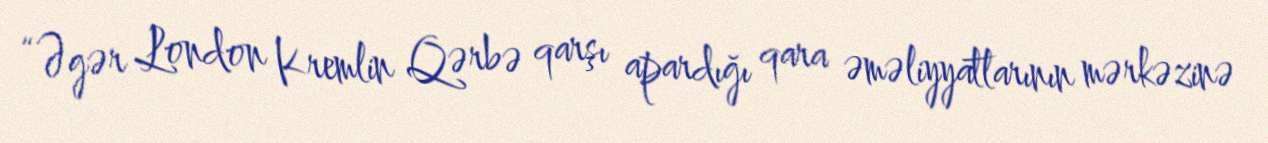
“Əgər London Kremlin Qərbə qarşı apardığı qara əməliyyatlarının mərkəzinə